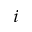
\AA _ { i }